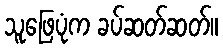
သူဖြေပုံက ခပ်ဆတ်ဆတ်။